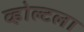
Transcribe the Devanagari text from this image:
व्होल्टला